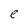
Character: e